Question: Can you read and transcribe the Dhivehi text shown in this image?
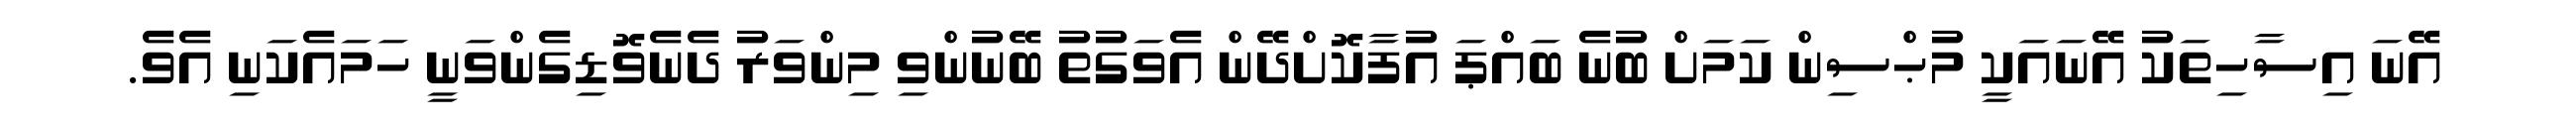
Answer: އޭނަ އިސާހިތަކު އޭނައަކީ މުޙްސިން ކަމަށް ބުނެ ބައްޕަ އުފާކޮށްދޭން އެވަގުތު ބޭނުންވި މިންވަރު ދެނެވޮޑިގެންވަނީ ހަމައެކަނި އެވެ.